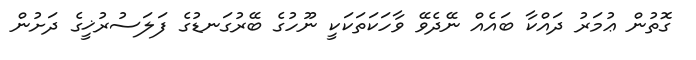
ގޮތުން ޢުމަރު ދައްކާ ބައެއް ނޭދެވޭ ވާހަކަތަކަކީ ނޫހުގެ ބޭރުގަނޑުގެ ފަލަސުރުޚީގެ ދަށުން